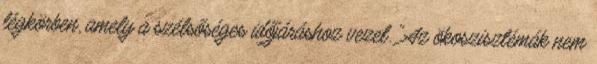
légkörben, amely a szélsőséges időjáráshoz vezet. "Az ökoszisztémák nem